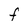
Character: F